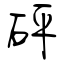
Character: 砰